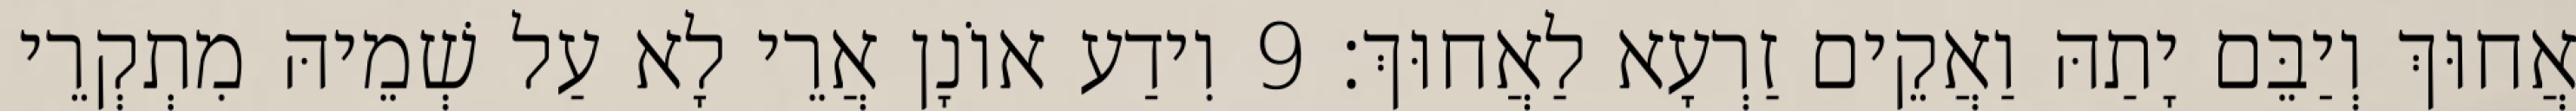
אֲחוּךְ וְיַבֵּם יָתַהּ וַאֲקֵים זַרְעָא לַאֲחוּךְ׃ 9 וִידַע אוֹנָן אֲרֵי לָא עַל שְׁמֵיהּ מִתְקְרֵי